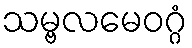
သမ္ဗလမေဝဂ္ဂံ